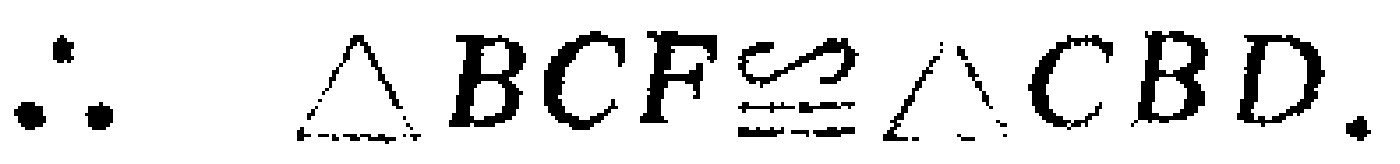
\(\therefore \triangle BCF\cong \triangle CBD.\)